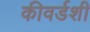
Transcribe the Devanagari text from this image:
कीवर्डशी